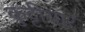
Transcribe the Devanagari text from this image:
कुट्टीयार